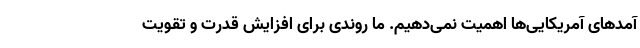
آمد‌های آمریکایی‌ها اهمیت نمی‌دهیم. ما روندی برای افزایش قدرت و تقویت